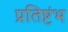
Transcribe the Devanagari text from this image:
प्रतिष्टंभ